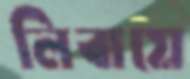
লিবায়ে